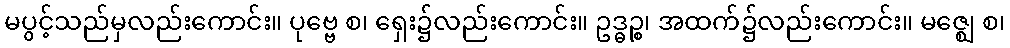
မပွင့်သည်မှလည်းကောင်း။ ပုဗ္ဗေ စ၊ ရှေး၌လည်းကောင်း။ ဥဒ္ဓဉ္စ၊ အထက်၌လည်းကောင်း။ မဇ္ဈေ စ၊